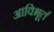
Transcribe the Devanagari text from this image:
आविभूर्त